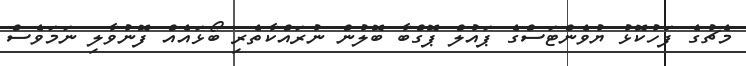
މެޗުގެ ފަހުކޮޅު ޔުވެންޓަސްގެ ޕައުލް ޕޮގްބާ ބޮލުން ނުރައްކާތެރި ބޯޅައެއް ފޮނުވާލި ނަމަވެސް